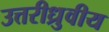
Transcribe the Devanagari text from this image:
उत्तरीध्रुवीय